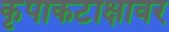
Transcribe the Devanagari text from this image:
कृपाकटाक्षावर